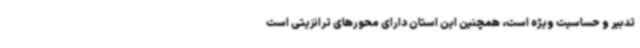
تدبیر و حساسیت ویژه است، همچنین این استان دارای محورهای ترانزیتی است